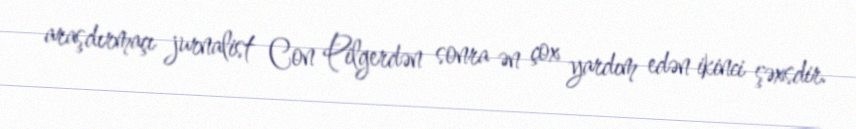
araşdırmaçı jurnalist Con Pilgerdən sonra ən çox yardım edən ikinci şəxsdir.